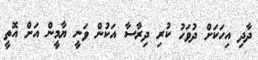
ދާދި އިހަކަށް ދުވަހު ކުރި ދިރާސާ އަކުން ވަނީ ޔާމީން އަށް އޮތީ